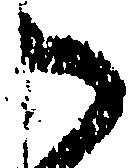
御